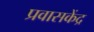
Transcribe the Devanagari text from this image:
प्रवासकेंद्र